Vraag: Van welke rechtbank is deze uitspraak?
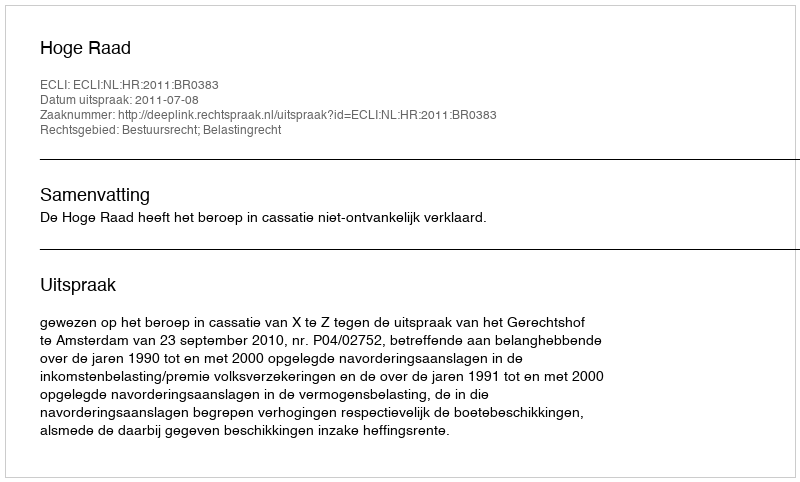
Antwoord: Hoge Raad